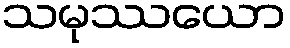
သမုဿယော